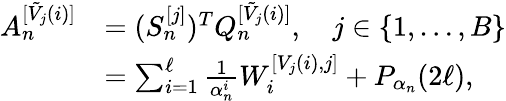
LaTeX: \begin{array}{rl}{A_{n}^{[\tilde{V}_{j}(i)]}}&{=(S_{n}^{[j]})^{T}Q_{n}^{[\tilde{V}_{j}(i)]},\quad j\in\{ 1,\dotsc,B\} }\\ &{=\sum_{i=1}^{\ell}\frac{1}{\alpha_{n}^{i}}W_{i}^{[V_{j}(i),j]}+P_{\alpha_{n}}(2\ell),}\end{array}